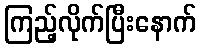
ကြည့်လိုက်ပြီးနောက်